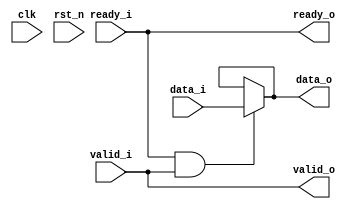
module handshake(//
	input	clk,
	input	rst_n,

	input	valid_i, 
	input	data_i,  	
	input	ready_i,  

	output	ready_o, 
	output	valid_o, 
	output	data_o  
	);

assign ready_o = ready_i;
assign valid_o = valid_i;
assign data_o = (ready_i && valid_i) ? data_i :data_o;

endmodule